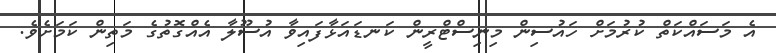
އެ މަސައްކަތް ކުރުމަށް ހައުސިން މިނިސްޓްރީން ކަނޑައަޅާފައިވާ އުސޫލާ އެއްގޮތުގެ މަތިން ކަމަށެވެ.